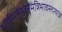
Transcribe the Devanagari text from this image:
शौरिरत्तैश्वरमंत्रिभावस्तत्याज